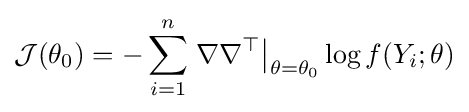
{\mathcal {J}}(\theta _{0})=-\sum _{i=1}^{n}\left.\nabla \nabla ^{\top }\right|_{\theta =\theta _{0}}\log f(Y_{i};\theta )